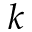
\boldsymbol { k }